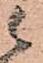
候